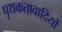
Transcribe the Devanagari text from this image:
पृथकतावादियों